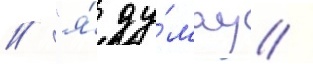
// "я́ ду́мау /